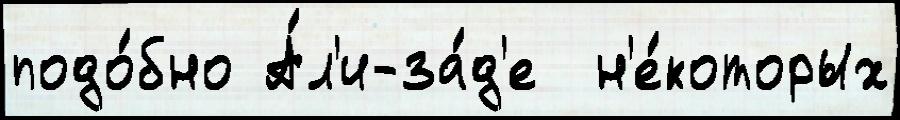
подо́бно А́л'и-за́д'е  н'е́которых